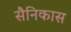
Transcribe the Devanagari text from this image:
सैनिकास